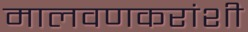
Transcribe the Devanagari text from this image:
मालवणकरांशी